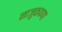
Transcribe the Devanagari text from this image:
नाजुकपणा